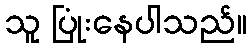
သူ ပြုံးနေပါသည်။